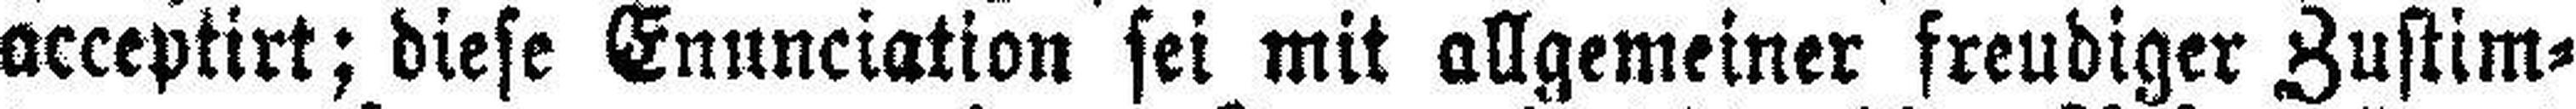
acceptirt; diese Enunciation sei mit allgemeiner freudiger Zustim¬